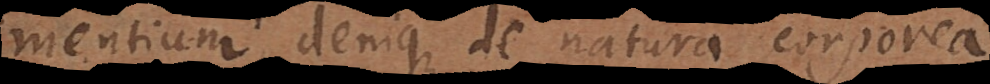
atque denique de natura corporea,